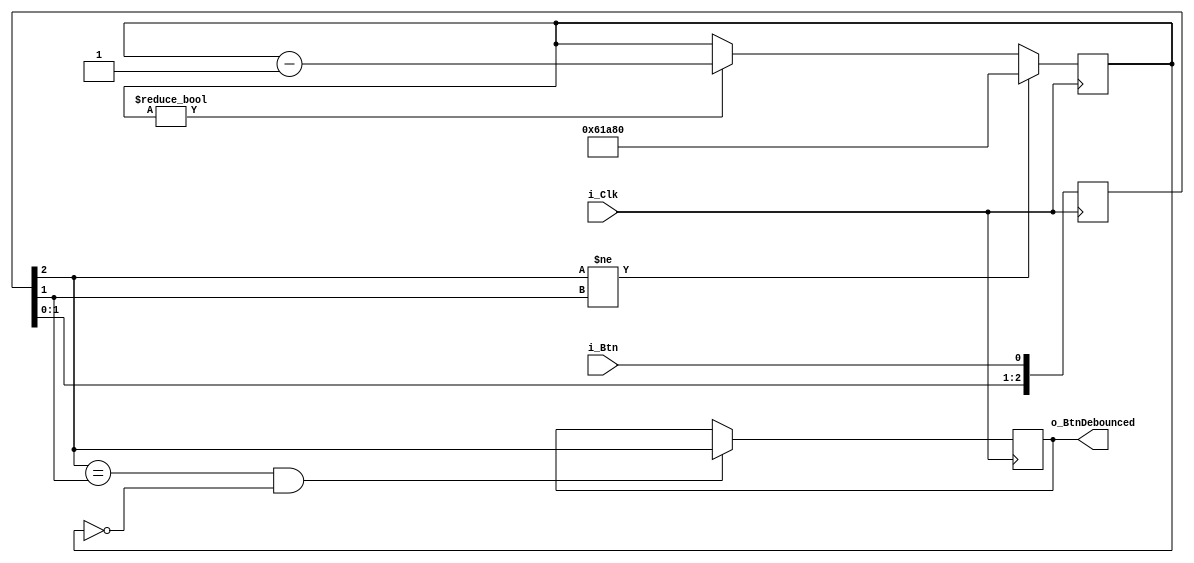
module btn_debouncer(
  input i_Clk,              // Clock - 10 MHz
  input i_Btn,              // Button - Signal which is debounced
  output reg o_BtnDebounced // Signal - Debounced output signal
);

///////////////////////////////###WIRES/REGISTERS/ASSIGNMENTS###///////////////////////////////
parameter DEB_CONSTANT = 20'h61A80;     // Wait 40 ms per button press
//-------------------------------------------------------------------------------------------//
reg [19:0] r_CounterClk = DEB_CONSTANT; // Register to count to defined parameter value
reg [2:0] r_BounceState;                // State register
///////////////////////////////////////////////////////////////////////////////////////////////
always @(posedge i_Clk)
    if ((r_BounceState[2] == r_BounceState[1]) && (r_CounterClk == 0))  // Make sure no debouncing is currently processed
        o_BtnDebounced <= r_BounceState[2];                             // Write final state to the output

always @(posedge i_Clk)
    begin
        r_BounceState[0] <= i_Btn;                                      // Make sure data is saved for more than one clock cycle,
        r_BounceState[1] <= r_BounceState[0];                           // by shifitig it multiple times through the state register
        r_BounceState[2] <= r_BounceState[1];   
    end

always @(posedge i_Clk)
    if (r_BounceState[2] != r_BounceState[1])                           // Check if state register is not equal anymore -> BTN debounced
        r_CounterClk <= DEB_CONSTANT;                                   // Reset counter register
    else
        if (r_CounterClk != 0)                                          // Check if counter register is not empty
            r_CounterClk <= r_CounterClk - 1;                           // Decerement counter
            
endmodule